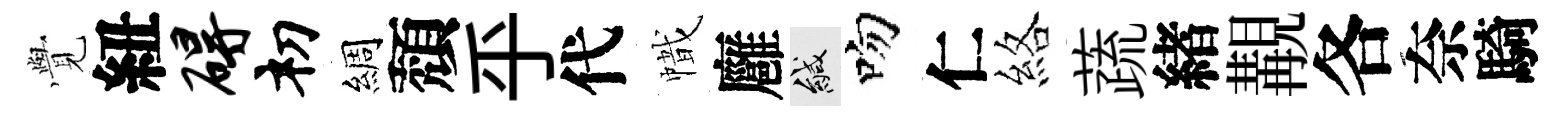
𮗜紐碍𥘉綢頽乎代幟廱緘吻仁絡蔬緖覯各奈騎